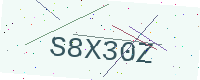
Text: S8X30Z